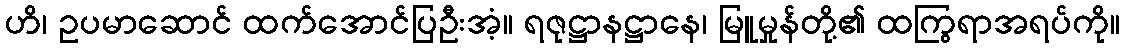
ဟိ၊ ဥပမာဆောင် ထက်အောင်ပြဦးအံ့။ ရဇုဋ္ဌာနဋ္ဌာနေ၊ မြူမှုန်တို့၏ ထကြွရာအရပ်ကို။